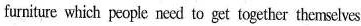
furniture which people need to get together themselves